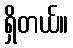
ရှိတယ်။